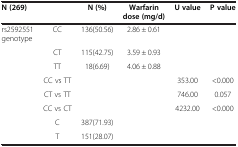
<table><thead><tr><td><b>N (269)</b></td><td><b> </b></td><td><b>N (%)</b></td><td><b>Warfarin dose (mg/d)</b></td><td><b>U value</b></td><td><b>P value</b></td></tr></thead><tbody><tr><td>rs2592551 genotype</td><td>CC</td><td>136(50.56)</td><td>2.86 ± 0.61</td><td> </td><td> </td></tr><tr><td> </td><td>CT</td><td>115(42.75)</td><td>3.59 ± 0.93</td><td> </td><td> </td></tr><tr><td> </td><td>TT</td><td>18(6.69)</td><td>4.06 ± 0.88</td><td> </td><td> </td></tr><tr><td> </td><td>CC vs TT</td><td> </td><td> </td><td>353.00</td><td>&lt;0.000</td></tr><tr><td> </td><td>CT vs TT</td><td> </td><td> </td><td>746.00</td><td>0.057</td></tr><tr><td> </td><td>CC vs CT</td><td> </td><td> </td><td>4232.00</td><td>&lt;0.000</td></tr><tr><td> </td><td>C</td><td>387(71.93)</td><td> </td><td> </td><td> </td></tr><tr><td> </td><td>T</td><td>151(28.07)</td><td> </td><td> </td><td> </td></tr></tbody></table>